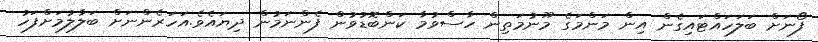
ފޯނަށް ބަލަހައްޓައިގެން އިން މަންމަގެ މޫނުމަތިން ހާސްވުމާ ކަންބޮޑުވުން ފެންނަމުން ދިޔައެވެ.އަހަރެންނަށް ބަލާލުމަށްފަހު